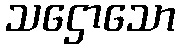
သဌောသော